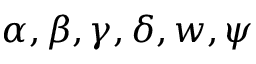
\alpha , \beta , \gamma , \delta , w , \psi